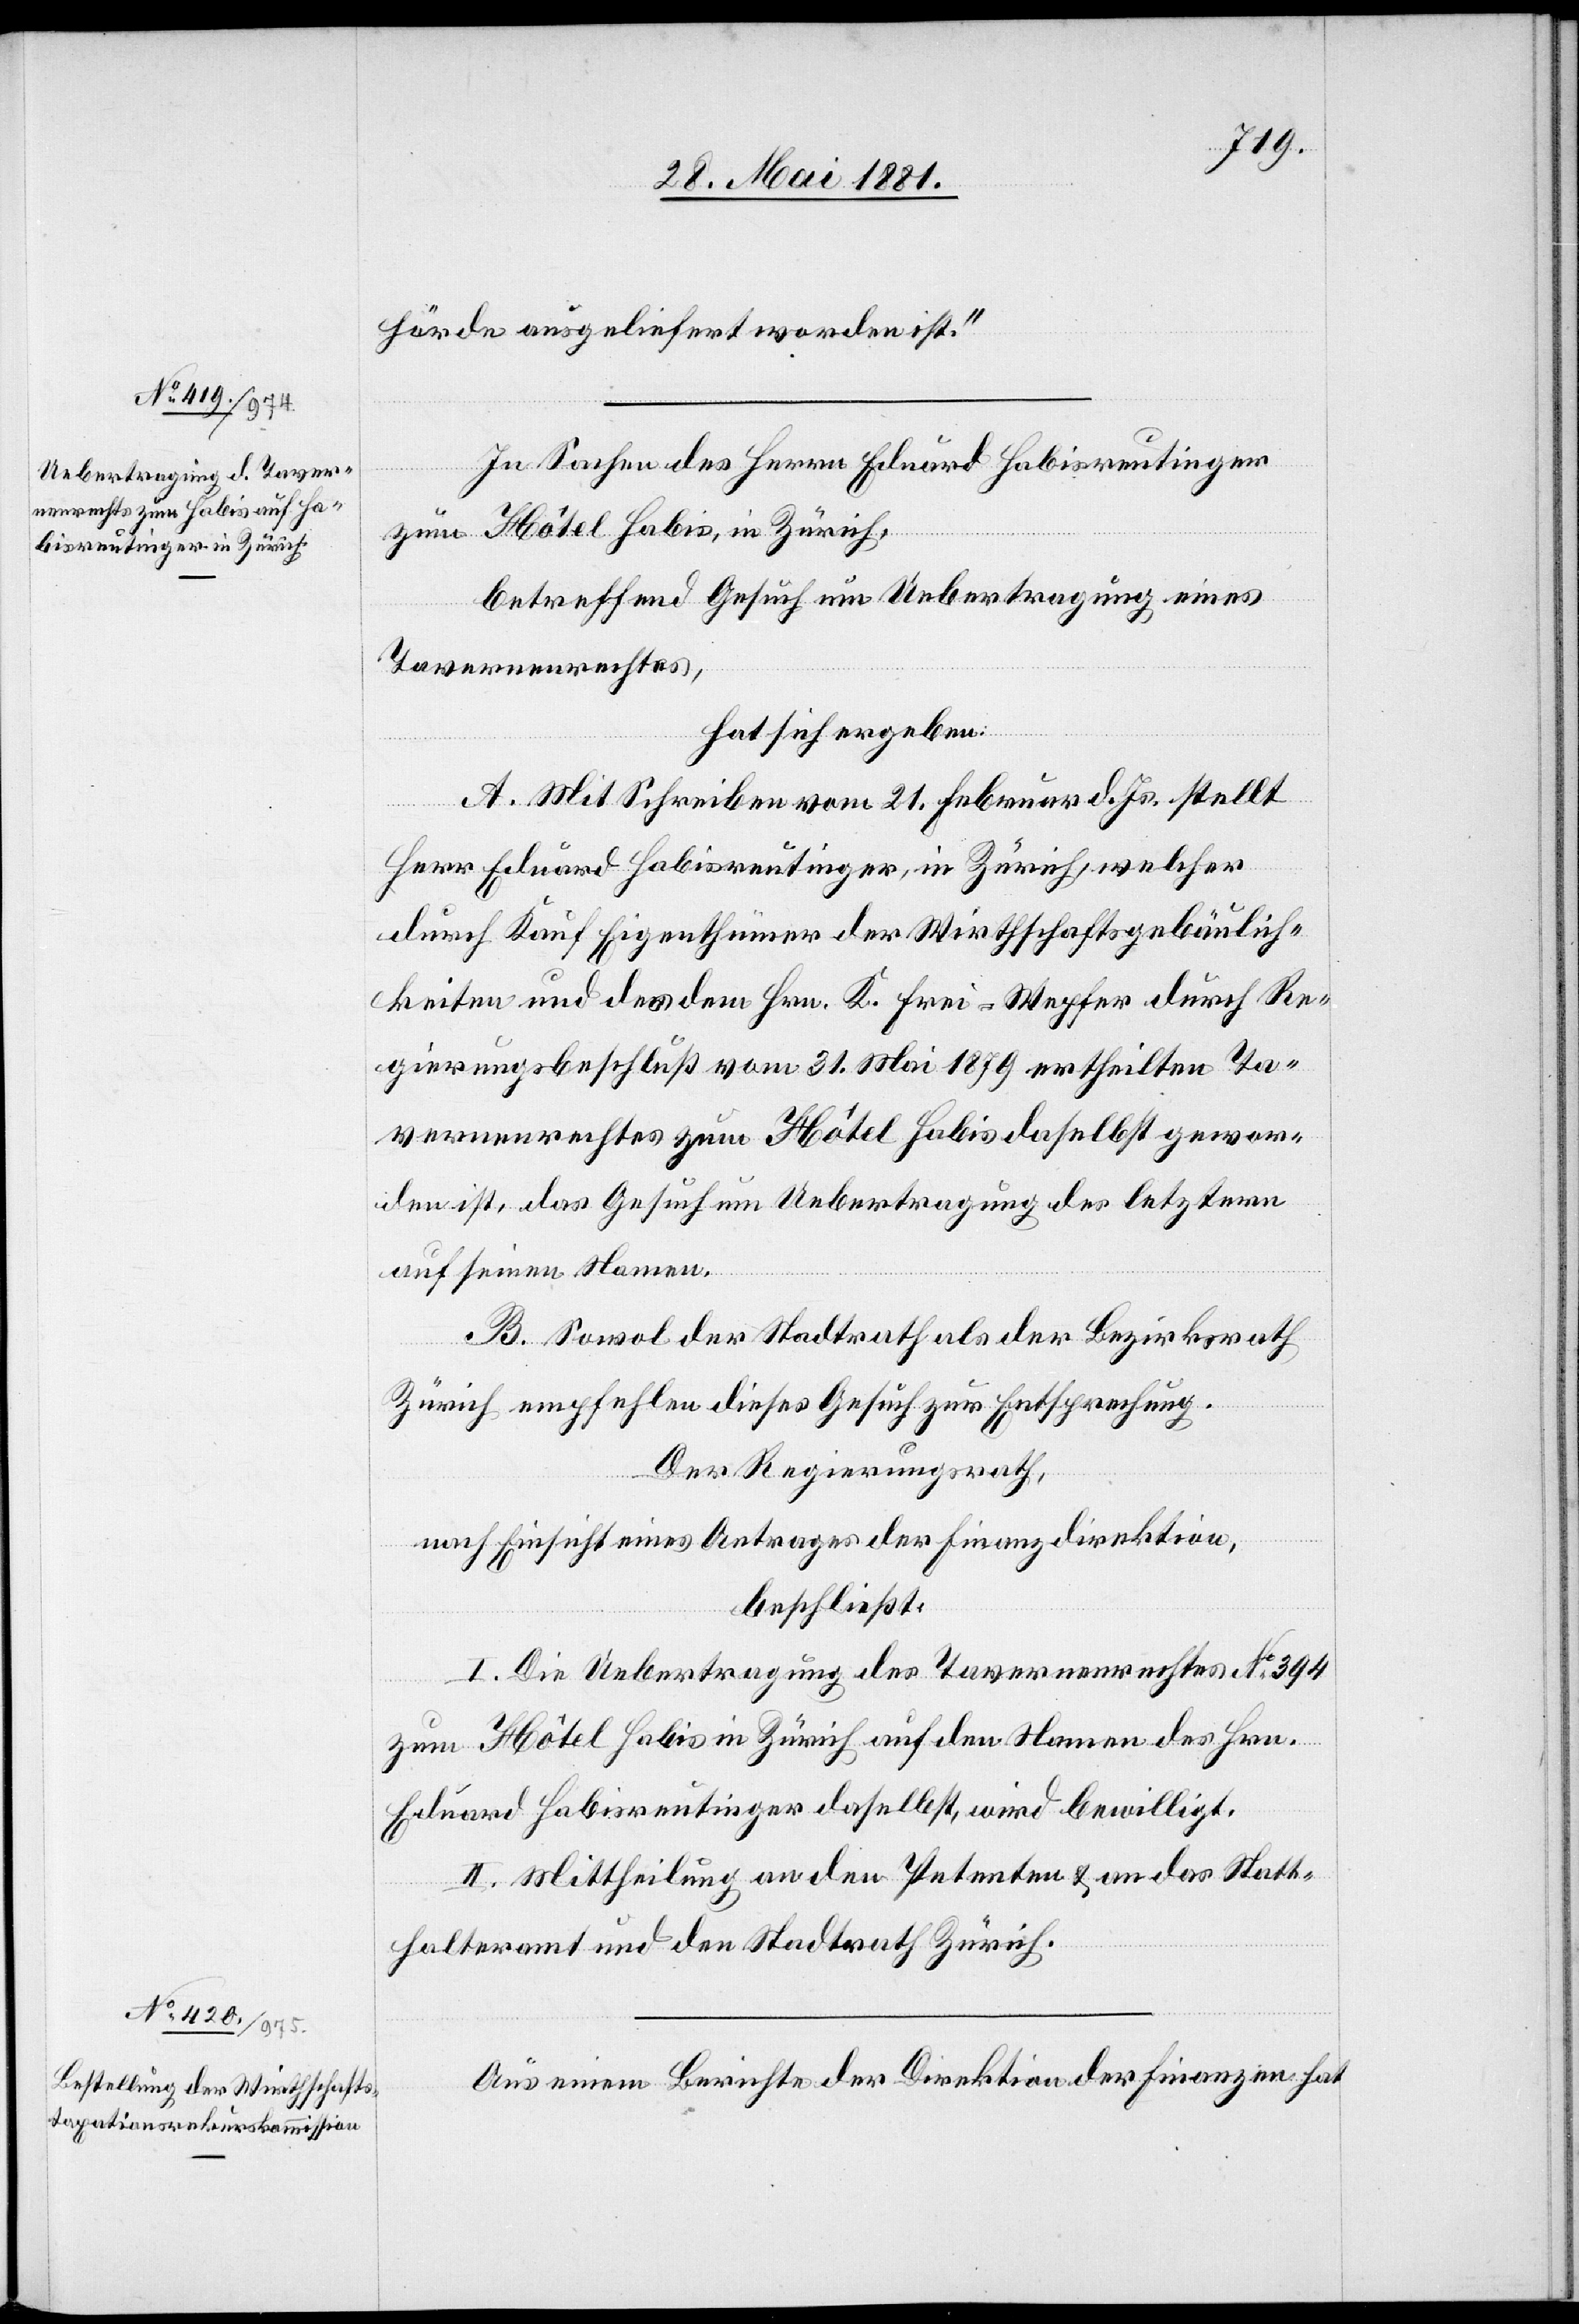
hörde ausgeliefert worden ist.“
In Sachen des Herren Eduard Habisreutinger
zum Hôtel Habis, in Zürich,
betreffend Gesuch um Uebertragung eines
Tavernenrechtes,
hat sich ergeben:
A. Mit Schreiben vom 21. Februar d. Js. stellt
Herr Eduard Habisreutinger, in Zürich, welcher
durch Kauf Eigenthümer der Wirthschaftsgebäulich¬
keiten und des dem Hrn. K. Frei-Wepfer durch Re¬
gierungsbeschluß vom 31. Mai 1879 ertheilten Ta¬
vernenrechtes zum Hôtel Habis daselbst gewor¬
den ist, das Gesuch um Uebertragung des letztern
auf seinen Namen.
B. Sowol der Stadtrath als der Bezirksrath
Zürich empfehlen dieses Gesucht zur Entsprechung.
Der Regierungsrath,
nach Einsicht eines Antrages der Finanzdirektion,
beschließt:
I. Die Uebertragung des Tavernenrechtes No 394
zum Hôtel Habis in Zürich auf den Namen des Hrn.
Eduard Habisreutinger daselbst, wird bewilligt.
II. Mittheilung an den Petenten & an das Statt¬
halteramt und den Stadtrath Zürich.
Aus einem Berichte der Direktion der Finanzen hat